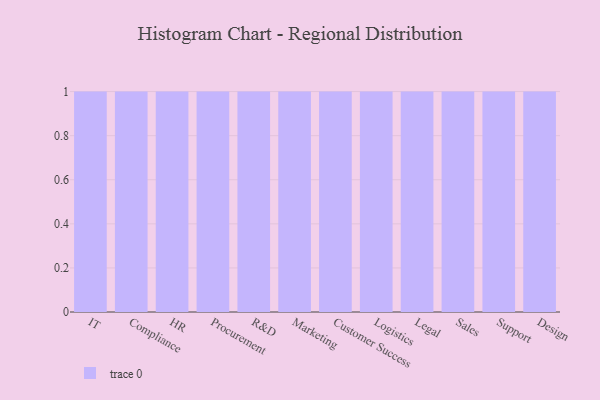
{"axis": {"x": "Department", "y": "Operating Costs (USD K)"}, "legend": [""], "data": [{"x": "IT", "y": 38, "type": ""}, {"x": "Compliance", "y": 30, "type": ""}, {"x": "HR", "y": 48, "type": ""}, {"x": "Procurement", "y": 5, "type": ""}, {"x": "R&D", "y": 49, "type": ""}, {"x": "Marketing", "y": 53, "type": ""}, {"x": "Customer Success", "y": 92, "type": ""}, {"x": "Logistics", "y": 82, "type": ""}, {"x": "Legal", "y": 63, "type": ""}, {"x": "Sales", "y": 82, "type": ""}, {"x": "Support", "y": 27, "type": ""}, {"x": "Design", "y": 67, "type": ""}]}